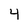
Character: 4